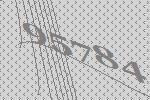
95784